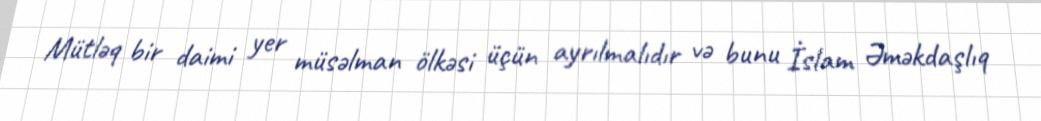
Mütləq bir daimi yer müsəlman ölkəsi üçün ayrılmalıdır və bunu İslam Əməkdaşlıq